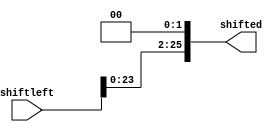
`timescale 1ns/1ps

module sleft(input [25:0] shiftleft, output reg [25:0] shifted);
wire [25:0] shiftl = shiftleft<<2;

always@(*)
begin
	shifted = shiftl;
end

endmodule